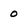
Character: 0